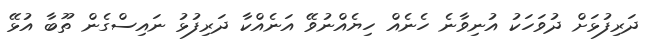
ދަރިފުޅަށް ދުވަހަކު އުނިވާނެ ހެނެއް ހިޔެއްނުވޭ އަނެއްކާ ދަރިފުޅު ނައިސްގެން ތޫބާ އުޅޭ